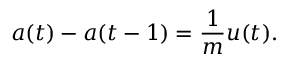
a ( t ) - a ( t - 1 ) = \frac { 1 } { m } u ( t ) .